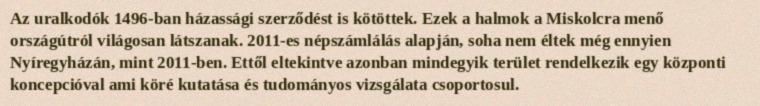
Az uralkodók 1496-ban házassági szerződést is kötöttek. Ezek a halmok a Miskolcra menő országútról világosan látszanak. 2011-es népszámlálás alapján, soha nem éltek még ennyien Nyíregyházán, mint 2011-ben. Ettől eltekintve azonban mindegyik terület rendelkezik egy központi koncepcióval ami köré kutatása és tudományos vizsgálata csoportosul.